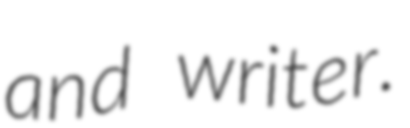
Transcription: and writer.